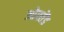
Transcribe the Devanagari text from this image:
ओस्तेंड